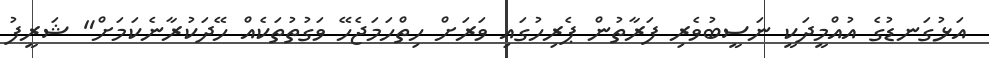
އަޅުގަނޑުގެ އުއްމީދަކީ ނަސީބުވެރި ފަރާތުން ޕެރިހުގައި ވަރަށް ހިތްހަމަޖެހޭ ވަގުތުތަކެއް ހޭދަކުރާނެކަމަށް" ޝަރީފު